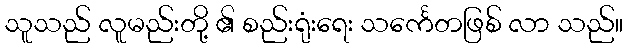
သူသည် လူမည်းတို့ ၏ စည်းရုံးရေး သင်္ကေတဖြစ် လာ သည်။